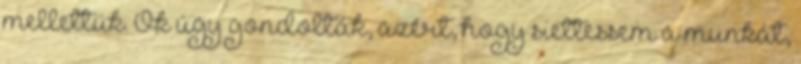
mellettük. Ők úgy gondolták, azért, hogy siettessem a munkát,